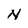
Character: N